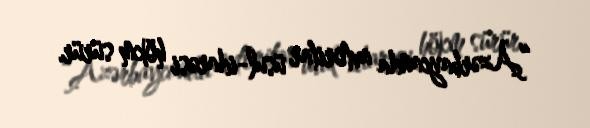
“Azərbaycanda avtoritar üsul-idarəsi hökm sürür.